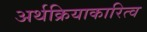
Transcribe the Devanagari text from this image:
अर्थक्रियाकारित्व